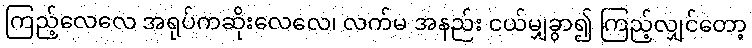
ကြည့်လေလေ အရုပ်ကဆိုးလေလေ၊ လက်မ အနည်း ငယ်မျှခွာ၍ ကြည့်လျှင်တော့